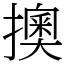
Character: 擙